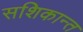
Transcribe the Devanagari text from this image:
सशिकान्त